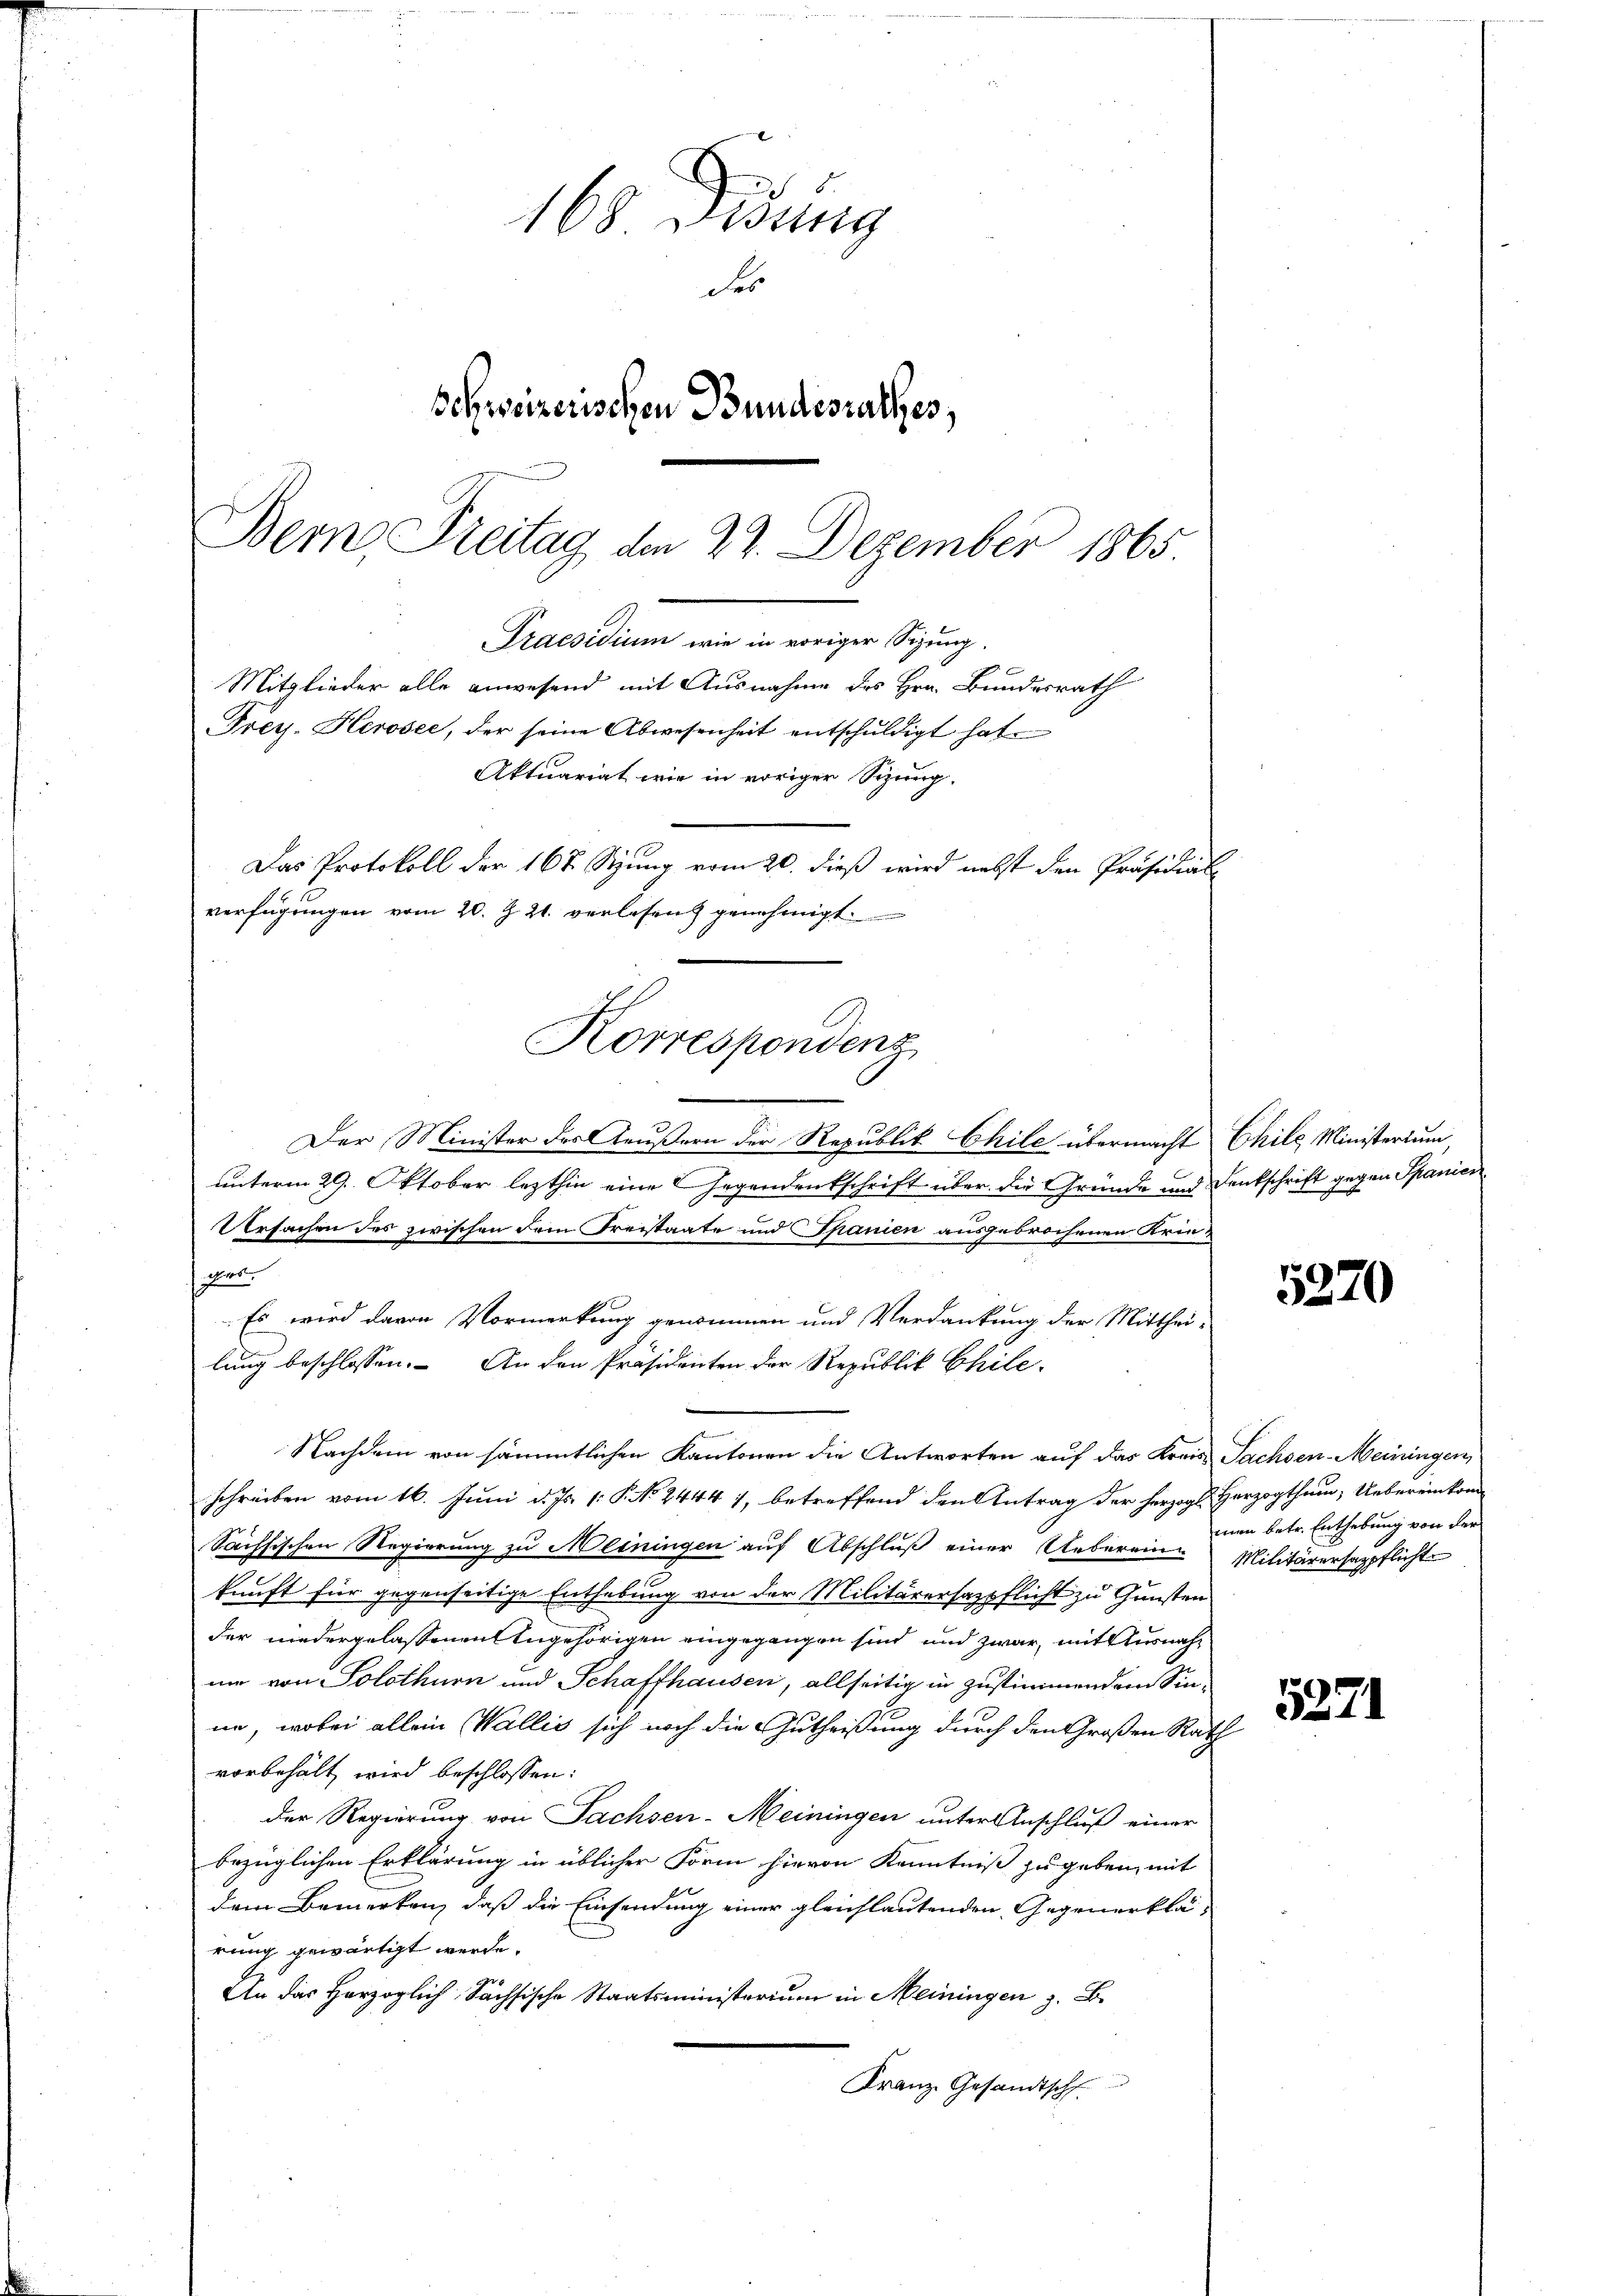
Praesidium wie in voriger Sizung.
Mitglieder alle anwesend mit Ausnahme des Hrn. Bundesrath
Frey. Herosee, der seine Abwesenheit entschuldigt hat.
Aktuariat wie in voriger Sizung.
Das Protokoll der 167 Szung vom 20. dieß wird nebst den Präsidial
verfügungen vom 20. Z. 21. verlesen genehmigt.
Korrespondenz

168 Didung
Schweizerischen Bundesrathes,
Bern Freitag den 22. Dezember 1865.

Der Minister des Aeußern der Republik Chile übermacht Chile Ministerium
unterm 29. Oktober lezthin eine Gegendentschrift über die Gründe und Denkschrift gegen Spanien
Ursachen des zwischen dem Kreistaate und Spanien ausgebrochenen Kries
Es wird davon Vormerkung genommen und Verdankung der Mitthei-
lung beschlossen. An den Präsidenten der Republik Chile-
Nachdem von sämmtlichen Kantonen die Antworten auf das Kreis Sachsen-Meiningen,
schreiben vom 16. Juni d. Js. 1. P. No 24441, betreffend den Antrag der Herzogl. Herzogthum, Uebereinkom¬
Sächsischen Regierung zu Meiningen auf Abschluß einer Uebereine Militärersappflichte
kunft für gegenseitige Enthebung von der Militärersazpflicht zu Gunsten
der niedergelassenen Angehörigen eingegangen sind, und zwar, mit Ausnahnn von Solothurn und Schaffhausen, allseitig in zustimmendem Sinne, wobei allein Wallis sich noch die Gutheißung durch den Großen Rath
vorbehält wird beschlossen:
der Regierung von Sachsen-Meiningen unter Anschluß einer
bezüglichen Erklärung in üblicher Form hievon Kenntniß zu geben, mit
dem Bemerken, daß die Einsendung einer gleichlautenden Gegenerklärung gewärtigt werde.
An der Herzoglich Sächsische Staatsministerium in Meiningen z. B.
Franz Gesandtsch

5870

men betr. Enthebung von der

5271